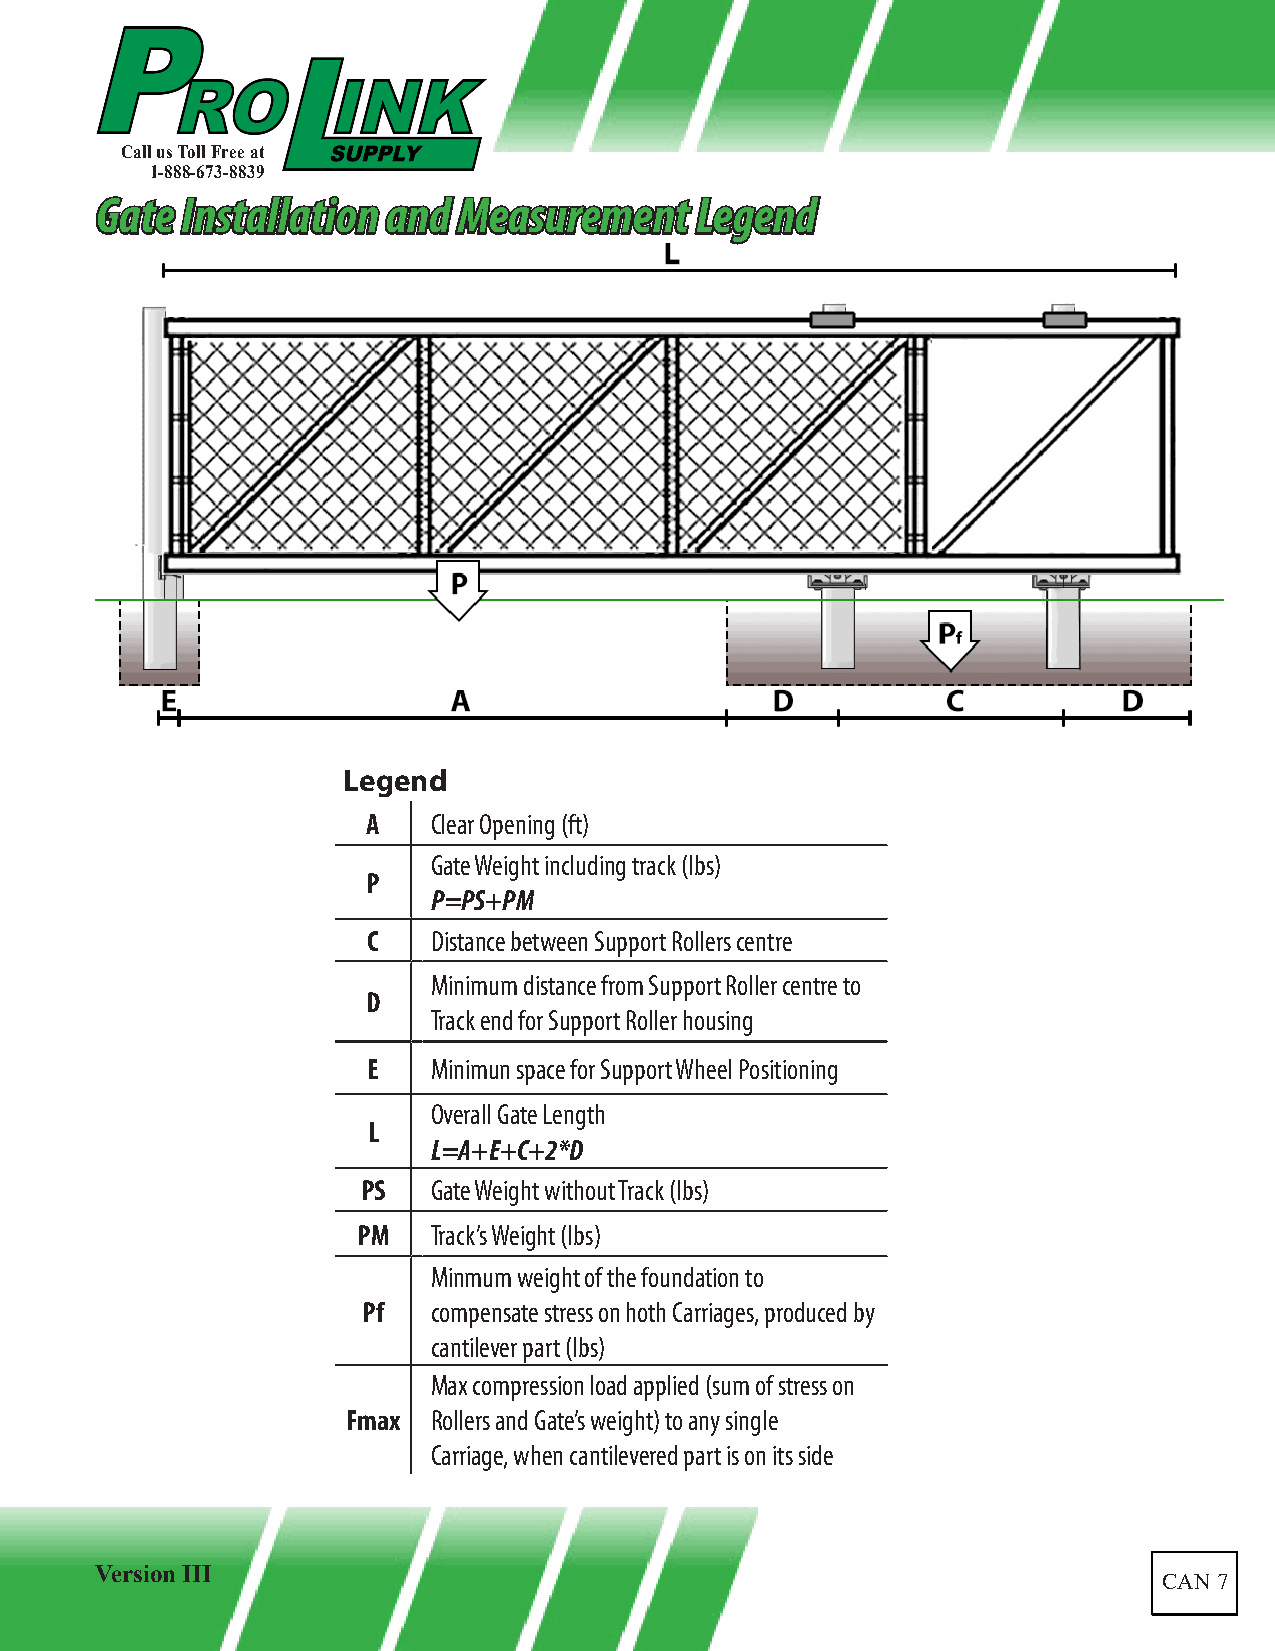
Call us Toll Free at
 1-888-673-8839
 GGaattee IInnssttaallllaattiioonn aanndd MMeeaassuurreemmeenntt LLeeggeenndd
 Legend
 A    Clear Opening (ft)
 Gate Weight including track (lbs)
 P
 P=PS+PM
 C    Distance between Support Rollers centre
 Minimum distance from Support Roller centre to
 D
 Track end for Support Roller housing
 E    Minimun space for Support Wheel Positioning
 Overall Gate Length
 L
 L=A+E+C+2*D
 PS   Gate Weight without Track (lbs)
 PM   Track’s Weight (lbs)
 Minmum weight of the foundation to
 Pf   compensate stress on hoth Carriages, produced by
 cantilever part (lbs)
 Max compression load applied (sum of stress on
 Fmax  Rollers and Gate’s weight) to any single
 Carriage, when cantilevered part is on its side
 Version III
 CAN 7